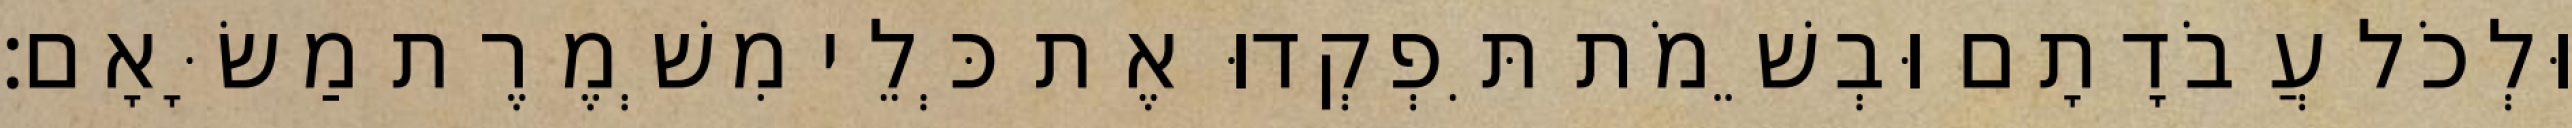
וּלְכֹל עֲבֹדָתָם וּבְשֵׁמֹת תִּפְקְדוּ אֶת כְּלֵי מִשְׁמֶרֶת מַשָּׂאָם׃